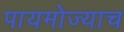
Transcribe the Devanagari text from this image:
पायमोज्याच